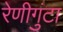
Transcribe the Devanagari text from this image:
रेणीगुंटा